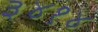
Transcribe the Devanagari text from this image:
३४१४